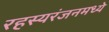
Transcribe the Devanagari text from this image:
रहस्यरंजनमध्ये